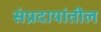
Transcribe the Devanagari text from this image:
संप्रदायांतील